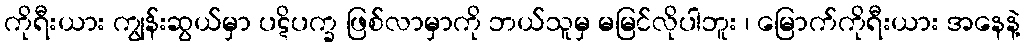
ကိုရီးယား ကျွန်းဆွယ်မှာ ပဋိပက္ခ ဖြစ်လာမှာကို ဘယ်သူမှ မမြင်လိုပါဘူး ၊ မြောက်ကိုရီးယား အနေနဲ့